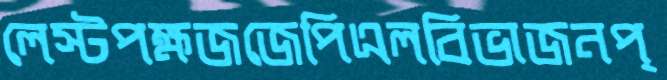
লেস্টপক্ষজজেপিএলবিভাজনপ্